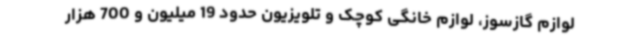
لوازم گازسوز، لوازم خانگی کوچک و تلویزیون حدود 19 میلیون و 700 هزار